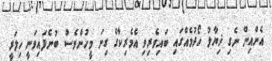
އެންއިން ނެގި ޚިޔާލު ހޯދުމެއްގައި ބައިވެރިވި އެމެރިކާގެ ގިނަ މީހުންވެސް ބުނެފައިވަނީ ހިލަރީ